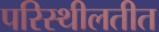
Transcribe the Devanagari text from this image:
परिस्थीलतीत